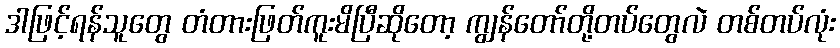
ဒါဖြင့်ရန်သူတွေ တံတားဖြတ်ကူးမိပြီဆိုတော့ ကျွန်တော်တို့တပ်တွေလဲ တစ်တပ်လုံး